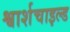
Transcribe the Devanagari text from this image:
श्वार्शचाइल्ड